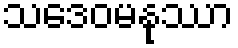
သဒေဝမနုဿာ